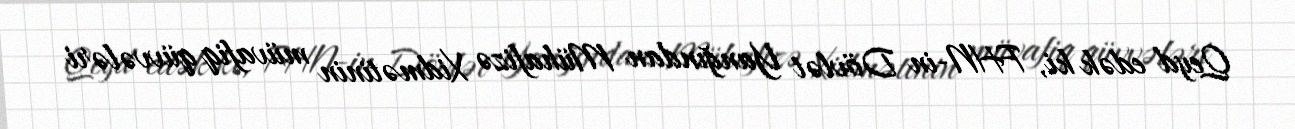
Qeyd edək ki, FHN-in Dövlət Yanğından Mühafizə Xidmətinin müvafiq qüvvələri